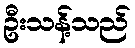
ဦးသန့်သည်